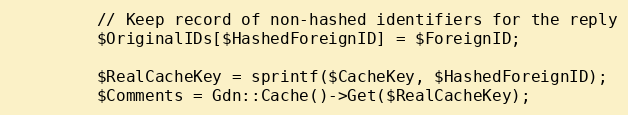
Language: PHP
         // Keep record of non-hashed identifiers for the reply
         $OriginalIDs[$HashedForeignID] = $ForeignID;

         $RealCacheKey = sprintf($CacheKey, $HashedForeignID);
         $Comments = Gdn::Cache()->Get($RealCacheKey);